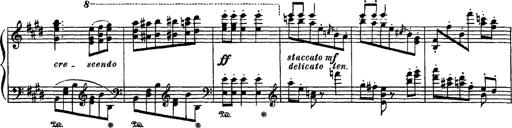
Title: Apparitions
Composer: Franz Liszt